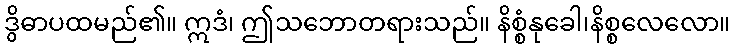
ဒွိဓာပထမည်၏။ ဣဒံ၊ ဤသဘောတရားသည်။ နိစ္စံနုခေါ၊နိစ္စလေလော။